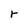
Character: r